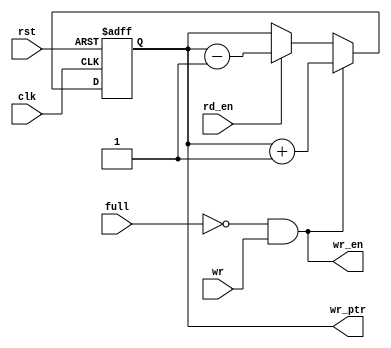
`timescale 1ns / 1ps
//////////////////////////////////////////////////////////////////////////////////
// Company: 
// Engineer: 
// 
// Design Name: 
// Module Name: Write_pointer
// Project Name: 
// Target Devices: 
// Tool Versions: 
// Description: 
// 
// Dependencies: 
// 
// Revision:
// Revision 0.01 - File Created
// Additional Comments:
// 
//////////////////////////////////////////////////////////////////////////////////


module Write_pointer(full,clk,rst,wr,wr_ptr,wr_en,rd_en);
    
    input clk,rst,full,wr,rd_en;
    output wr_en;
    output reg [31:0] wr_ptr;
    
    assign wr_en = (~full) & wr;    
    
    always @(posedge clk, negedge rst)
    begin
        if(~rst) wr_ptr <= 32'd0;
        else if(wr_en) wr_ptr <= wr_ptr + 32'd1;
        else if(rd_en) wr_ptr <= wr_ptr - 32'd1;
        else wr_ptr <= wr_ptr;
    end
    
endmodule